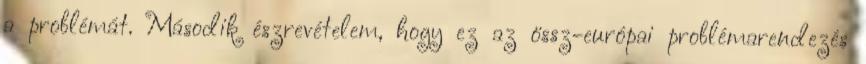
a problémát. Második észrevételem, hogy ez az össz-európai problémarendezés